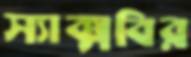
স্যাক্সবির